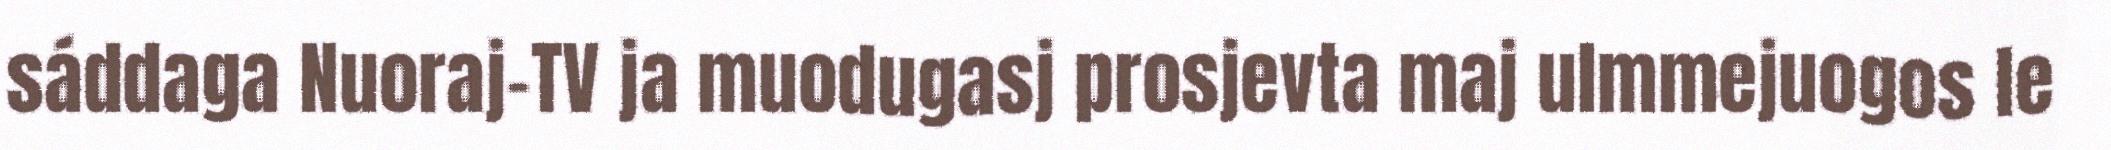
sáddaga Nuoraj-TV ja muodugasj prosjevta maj ulmmejuogos le